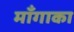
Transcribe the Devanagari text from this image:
माँगाका